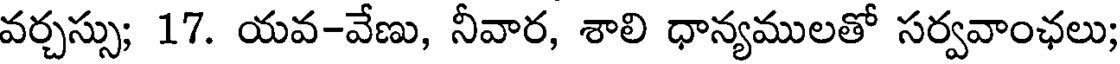
వర్చస్సు; 17. యవ-వేణు, నీవార, శాలి ధాన్యములతో సర్వవాంఛలు;